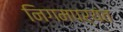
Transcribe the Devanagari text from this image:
निगमपर्यंत